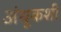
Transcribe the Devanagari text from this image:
अंधूकशी